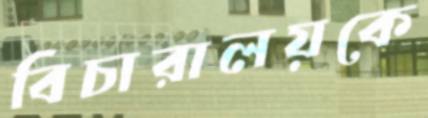
বিচারালয়কে